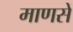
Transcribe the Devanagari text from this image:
माणसें